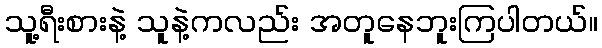
သူ့ရီးစားနဲ့ သူနဲ့ကလည်း အတူနေဘူးကြပါတယ်။